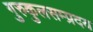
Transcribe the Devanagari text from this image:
गुरुकुलसम्प्रदय